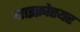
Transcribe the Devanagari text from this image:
माइक्रोएयर